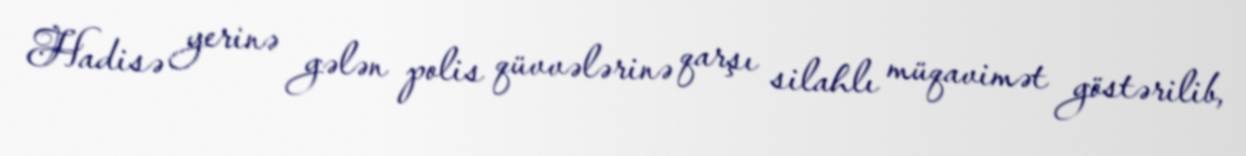
Hadisə yerinə gələn polis qüvvələrinə qarşı silahlı müqavimət göstərilib,